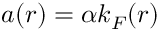
a ( r ) = \alpha k _ { F } ( r )